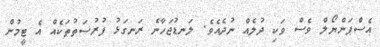
އެސްޕަންޔޯލް ވެސް ވަކި ދުލެއް ނުދެއެވެ. ލަނޑުޖަހާނެ ރަނގަޅު ފުރުސަތުތަކެއް އެ ޓީމުން